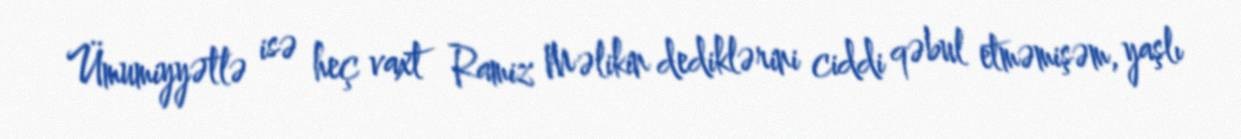
Ümumiyyətlə isə heç vaxt Ramiz Məlikin dediklərini ciddi qəbul etməmişəm, yaşlı